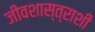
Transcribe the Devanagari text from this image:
जीवशास्त्राशी